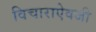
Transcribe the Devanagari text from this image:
विचाराऐवजी